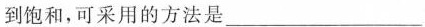
到饱和，可采用的方法是___